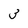
Character: 3